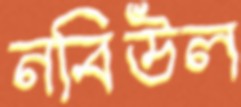
নবিউল